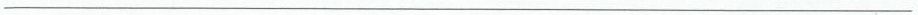
___